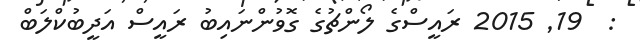
:  19